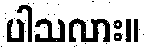
ပါသလား။